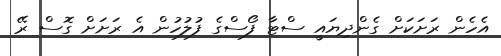
އެހެން ރަށަކަށް ގެންދިޔައީ ސްޓާ ފޯސްގެ ފުލުހުން އެ ރަށަށް ގޮސް ރޭ